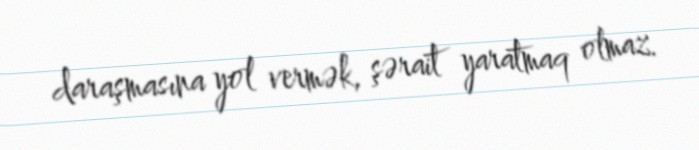
daraşmasına yol vermək, şərait yaratmaq olmaz.